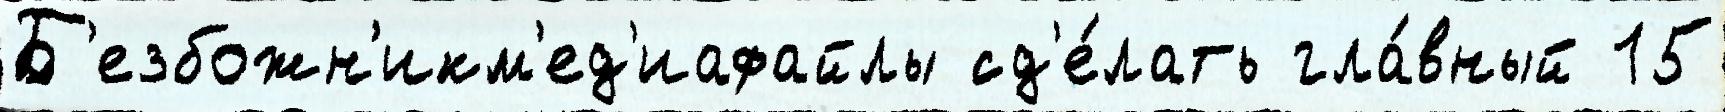
Б'езбожн'икм'ед'иафайлы сд'е́лать гла́вный 15